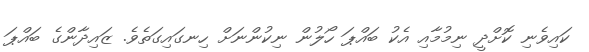
ކައިވެނި ކޮށްދީ ނިމުމާއި އެކު ބައްޕަ ހޯލުން ނިކުންނަށް ހިނގައިގަތެވެ. ޒައިދާންގެ ބައްޕަ